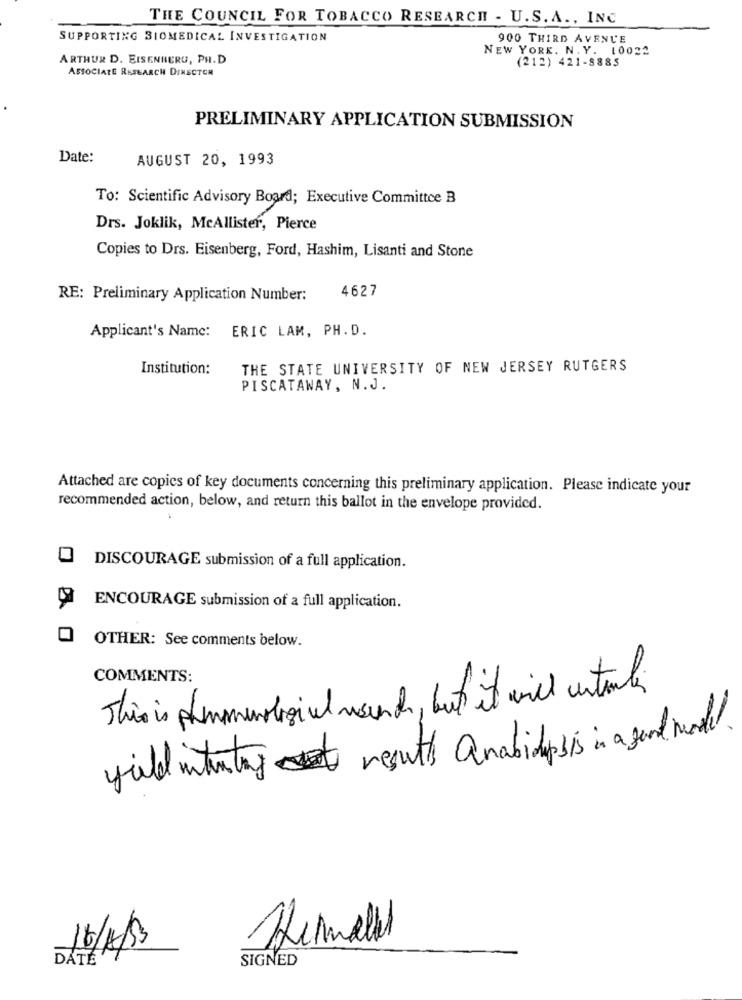
THE COUNCIL FOR TOBACCO RESEARCH - U.S. A ., INC
SUPPORTING BIOMEDICAL INVESTIGATION
900 THIRD AVENUE
NEW YORK. N. Y. 10022
ARTHUR D. EISENBERG, PH. D
(212) 421-8885
ASSOCIATE RESEARCH DINECTER
PRELIMINARY APPLICATION SUBMISSION
Date:
AUGUST 20, 1993
To: Scientific Advisory Board; Executive Committee B
Drs. Joklik, McAllister, Pierce
Copies to Drs. Eisenberg, Ford, Hashim, Lisanti and Stone
4627
RE: Preliminary Application Number:
Applicant's Name: ERIC LAM, PH. D.
Institution:
THE STATE UNIVERSITY OF NEW JERSEY RUTGERS
PISCATAWAY, N.J.
Attached are copies of key documents concerning this preliminary application. Please indicate your
recommended action, below, and return this ballot in the envelope provided.
DISCOURAGE submission of a full application.
ENCOURAGE submission of a full application.
OTHER: See comments below.
COMMENTS:
This is Ahammurabigivel rench, but it will rentals
fuld intersting results anabidopsis in a gend model .
Hermall
16/4/3
DATÉ
SIGNED